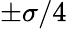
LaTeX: \pm\sigma/4